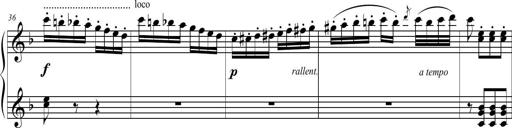
Title: 2 Sonatines faciles et brillantes pour le piano-forte seul
Composer: Carl Czerny